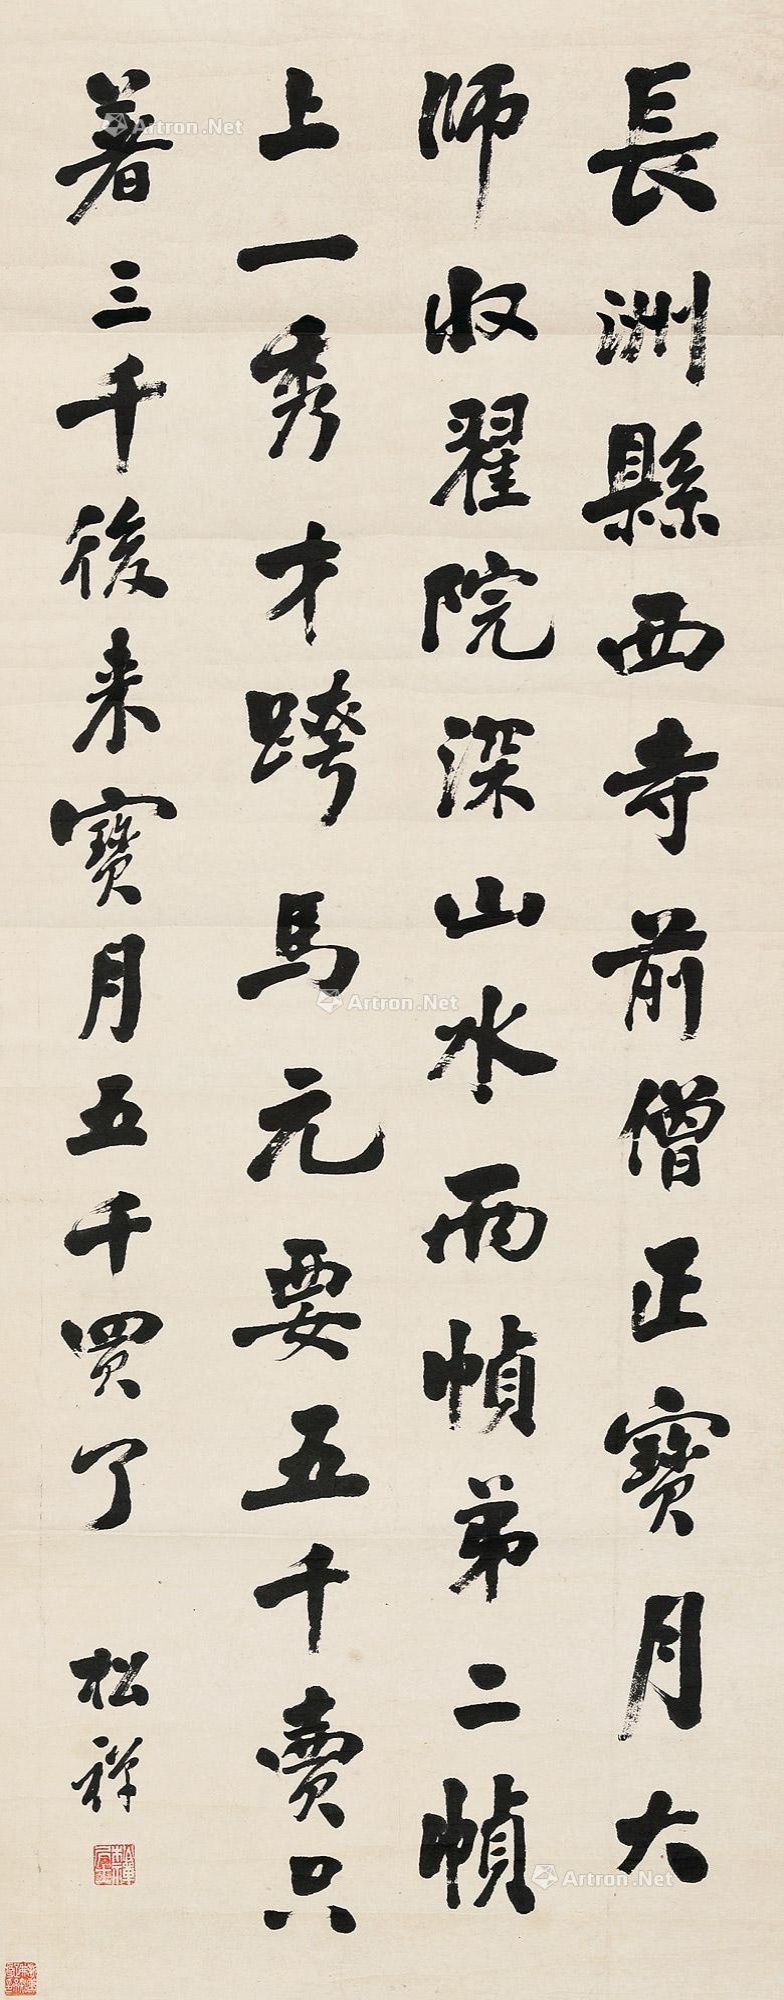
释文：长洲县西寺前僧正宝月大师。收翟院深山水两帧。弟二帧上，一秀才跨马，元要五千卖，只着三千，后来宝月五千买了。松禅。